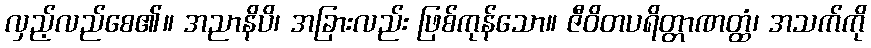
လှည့်လည်စေ၏။ အညာနိပိ၊ အခြားလည်း ဖြစ်ကုန်သော။ ဇီဝိတပရိတ္တာဏတ္ထံ၊ အသက်ကို